Senior Leaving Certificate Examination (including Day School Certificate (Higher) General paper), 1947
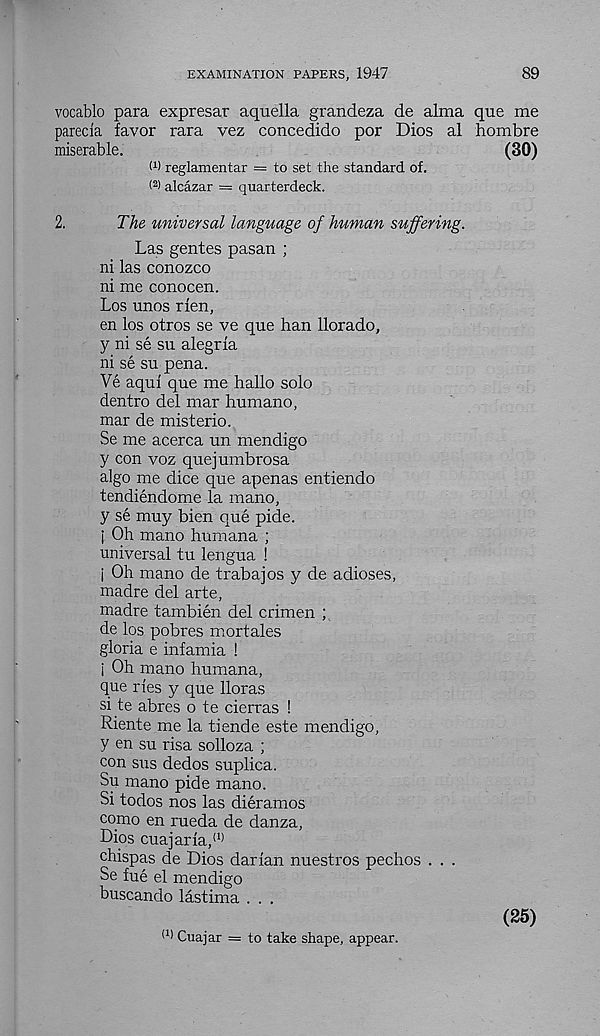
EXAMINATION PAPERS, 1947
89
vocablo para expresar aquella grandeza de alma que me
parecia favor rara vez concedido por Dios al hombre
miserable.
(30)
W reglamentar = to set the standard of.
( 2 > alcazar = quarterdeck.
2.
The universal language of human suffering.
Las gentes pasan ;
ni las conozco
ni me conocen.
Los unos rlen,
en los otros se ve que ban llorado,
y ni se su alegrla
ni se su pena.
Ve aqui que me hallo solo
dentro del mar humano,
mar de misterio.
Se me acerca un mendigo
y con voz quejumbrosa
algo me dice que apenas entiendo
tendiendome la mano,
y se muy bien que pide.
j Oh mano humana ;
universal tu lengua !
j Oh mano de trabajos y de adioses,
madre del arte,
madre tambien del crimen ;
de los pobres mortales
gloria e infamia !
i Oh mano humana,
que ries y que lloras
si te abres o te cierras !
Riente me la tiende este mendigo,
y en su risa solloza ;
con sus dedos suplica.
Su mano pide mano.
Si todos nos las dieramos
como en rueda de danza,
Dios cuajaria, (1)
chispas de Dios darian nuestros pechos . . .
Se fue el mendigo
buscando lastima . . .
(1 ) Cuajar = to take shape, appear.
(25)